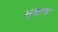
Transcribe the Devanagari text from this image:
भूछाया